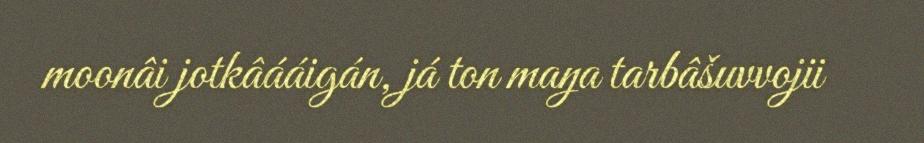
moonâi jotkâááigán, já ton maŋa tarbâšuvvojii